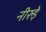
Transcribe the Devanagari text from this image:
नीरुड़े